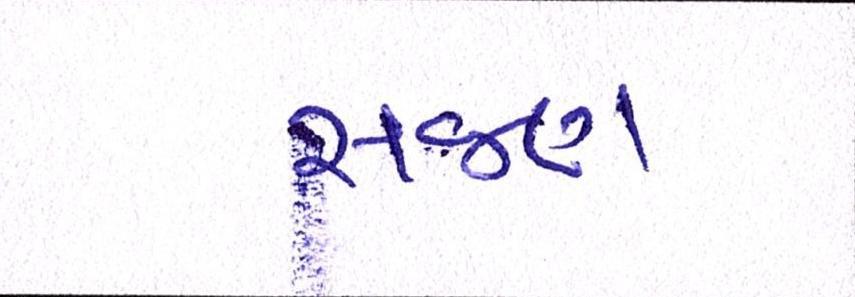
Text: સજણ